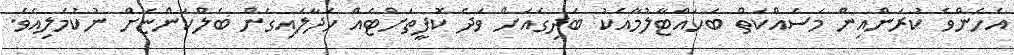
އެހެންވެ ކުރަންއިން މަސައްކަތް ބަހައްޓާލުމާއެކު ބަދިގެއަށް ވަދެ ކޮފީތަށްޓެއް ހަދާލައިގެން ބެލްކަންޏަށް ނުކުމެލިއެވެ.